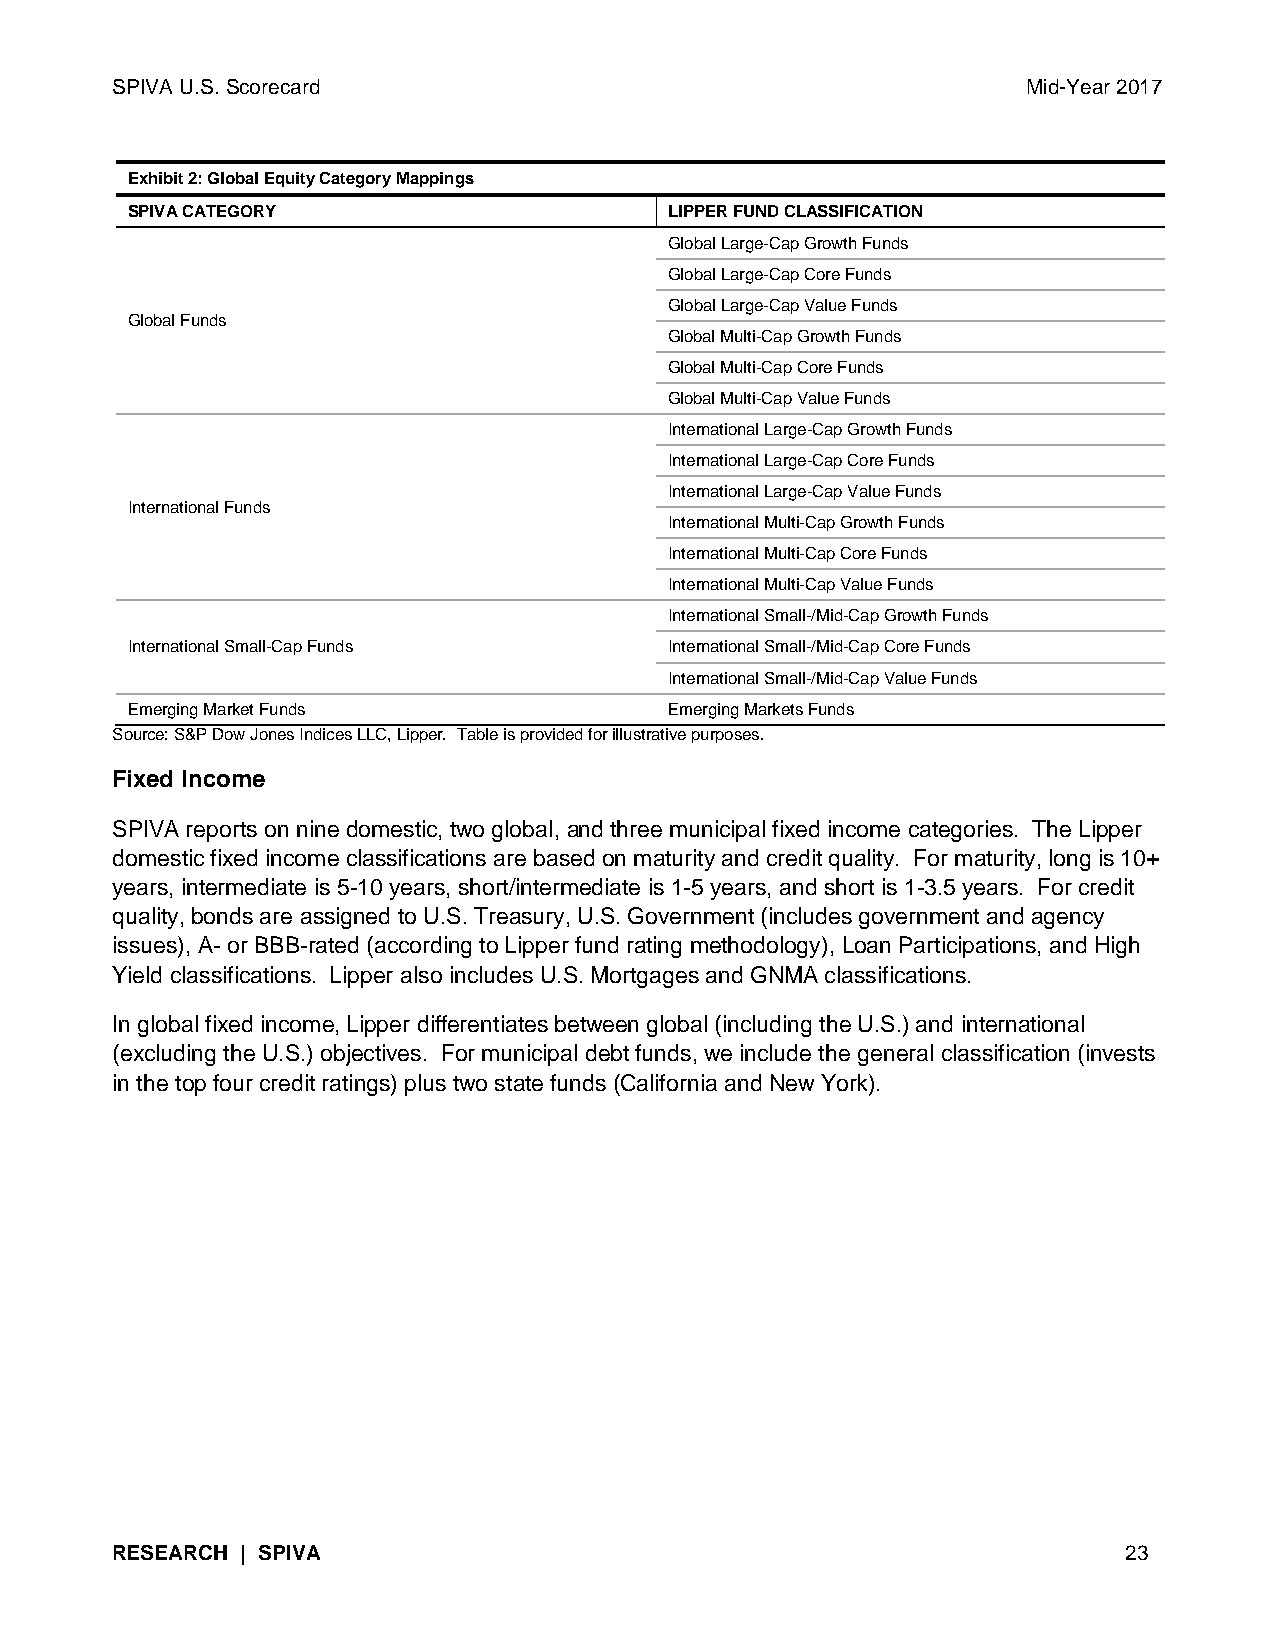
SPIVA U.S. Scorecard                                         Mid-Year 2017
 Exhibit 2: Global Equity Category Mappings
 SPIVA CATEGORY                      LIPPER FUND CLASSIFICATION
 Global Large-Cap Growth Funds
 Global Large-Cap Core Funds
 Global Large-Cap Value Funds
 Global Funds
 Global Multi-Cap Growth Funds
 Global Multi-Cap Core Funds
 Global Multi-Cap Value Funds
 International Large-Cap Growth Funds
 International Large-Cap Core Funds
 International Large-Cap Value Funds
 International Funds
 International Multi-Cap Growth Funds
 International Multi-Cap Core Funds
 International Multi-Cap Value Funds
 International Small-/Mid-Cap Growth Funds
 International Small-Cap Funds       International Small-/Mid-Cap Core Funds
 International Small-/Mid-Cap Value Funds
 Emerging Market Funds               Emerging Markets Funds
 Source: S&P Dow Jones Indices LLC, Lipper. Table is provided for illustrative purposes.
 Fixed Income
 SPIVA reports on nine domestic, two global, and three municipal fixed income categories. The Lipper
 domestic fixed income classifications are based on maturity and credit quality. For maturity, long is 10+
 years, intermediate is 5-10 years, short/intermediate is 1-5 years, and short is 1-3.5 years. For credit
 quality, bonds are assigned to U.S. Treasury, U.S. Government (includes government and agency
 issues), A- or BBB-rated (according to Lipper fund rating methodology), Loan Participations, and High
 Yield classifications. Lipper also includes U.S. Mortgages and GNMA classifications.
 In global fixed income, Lipper differentiates between global (including the U.S.) and international
 (excluding the U.S.) objectives. For municipal debt funds, we include the general classification (invests
 in the top four credit ratings) plus two state funds (California and New York).
 RESEARCH | SPIVA                                                   23